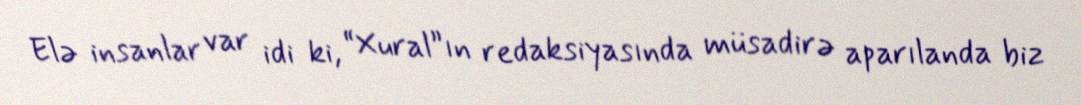
Elə insanlar var idi ki, “Xural”ın redaksiyasında müsadirə aparılanda biz